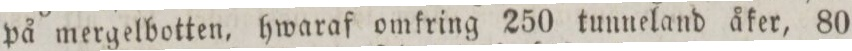
på mergelbotten, hwarafomkring 250 tunneland åker, 80